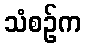
သံစဉ်က